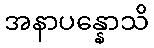
အနာပန္နောသိ